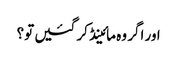
اور اگر وہ مائینڈ کر گئیں تو؟